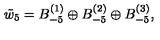
\tilde { w } _ { 5 } = B _ { - 5 } ^ { ( 1 ) } \oplus B _ { - 5 } ^ { ( 2 ) } \oplus B _ { - 5 } ^ { ( 3 ) } ,